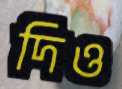
দিও